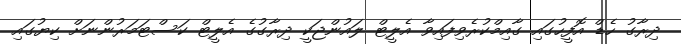
ދިރާގު ހެޑް އޮފީހުގައި ގާއިމްކުރެވިފައިވާ އެލީޓް ލައުންޖަކީ ދިރާގުގެ އެލީޓް ކަސްޓަމަރުންނަށް ކިޔުގައި